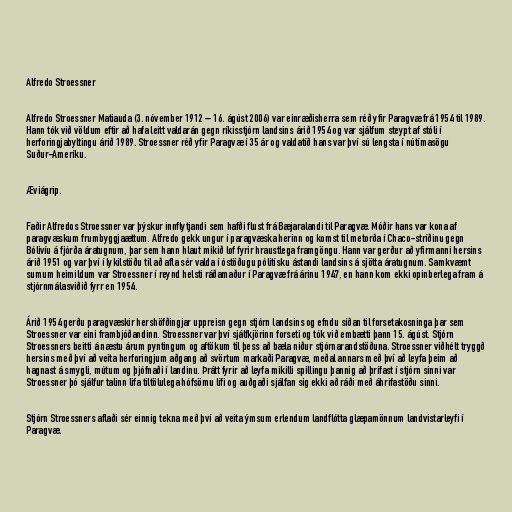
Alfredo Stroessner

Alfredo Stroessner Matiauda (3. nóvember 1912 – 16. ágúst 2006) var einræðisherra sem réð yfir Paragvæ frá 1954 til 1989.
Hann tók við völdum eftir að hafa leitt valdarán gegn ríkisstjórn landsins árið 1954 og var sjálfum steypt af stóli í
herforingjabyltingu árið 1989. Stroessner réð yfir Paragvæ í 35 ár og valdatíð hans var því sú lengsta í nútímasögu
Suður-Ameríku.

Æviágrip.

Faðir Alfredos Stroessner var þýskur innflytjandi sem hafði flust frá Bæjaralandi til Paragvæ. Móðir hans var kona af
paragvæskum frumbyggjaættum. Alfredo gekk ungur í paragvæska herinn og komst til metorða í Chaco-stríðinu gegn
Bólivíu á fjórða áratugnum, þar sem hann hlaut mikið lof fyrir hraustlega framgöngu. Hann var gerður að yfirmanni hersins
árið 1951 og var því í lykilstöðu til að afla sér valda í óstöðugu pólitísku ástandi landsins á sjötta áratugnum. Samkvæmt
sumum heimildum var Stroessner í reynd helsti ráðamaður í Paragvæ frá árinu 1947, en hann kom ekki opinberlega fram á
stjórnmálasviðið fyrr en 1954.

Árið 1954 gerðu paragvæskir hershöfðingjar uppreisn gegn stjórn landsins og efndu síðan til forsetakosninga þar sem
Stroessner var eini frambjóðandinn. Stroessner var því sjálfkjörinn forseti og tók við embætti þann 15. ágúst. Stjórn
Stroessners beitti á næstu árum pyntingum og aftökum til þess að bæla niður stjórnarandstöðuna. Stroessner viðhélt tryggð
hersins með því að veita herforingjum aðgang að svörtum markaði Paragvæ, meðal annars með því að leyfa þeim að
hagnast á smygli, mútum og þjófnaði í landinu. Þrátt fyrir að leyfa mikilli spillingu þannig að þrífast í stjórn sinni var
Stroessner þó sjálfur talinn lifa tiltölulega hófsömu lífi og auðgaði sjálfan sig ekki að ráði með áhrifastöðu sinni.

Stjórn Stroessners aflaði sér einnig tekna með því að veita ýmsum erlendum landflótta glæpamönnum landvistarleyfi í
Paragvæ.